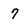
Character: 7